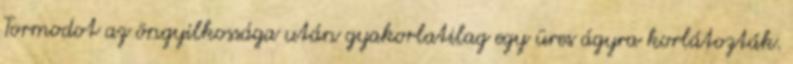
Tormodot az öngyilkossága után gyakorlatilag egy üres ágyra korlátozták.